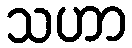
သဟာ